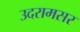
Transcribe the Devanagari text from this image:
उदरामसर